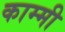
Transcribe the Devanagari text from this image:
काम्मी